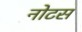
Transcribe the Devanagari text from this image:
नोटस